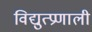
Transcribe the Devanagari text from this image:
विद्युत्प्रणाली